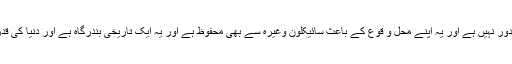
کیٹی بندر بحیرہ عرب سے زیادہ دور نہیں ہے اور یہ اپنے محل و قوع کے باعث سائیکلون وغیرہ سے بھی محفوظ ہے اور یہ ایک تاریخی بندرگاہ ہے اور دنیا کی قدرتی بندرگاہوں میں سے ایک ہے۔